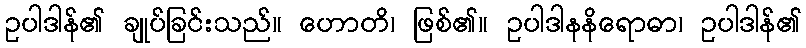
ဥပါဒါန်၏ ချုပ်ခြင်းသည်။ ဟောတိ၊ ဖြစ်၏။ ဥပါဒါနနိရောဓာ၊ ဥပါဒါန်၏